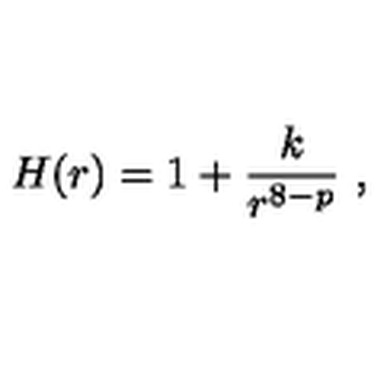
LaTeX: H ( r ) = 1 + \frac { k } { r ^ { 8 - p } } \ ,